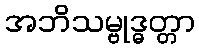
အဘိသမ္ဗုဒ္ဓတ္တာ